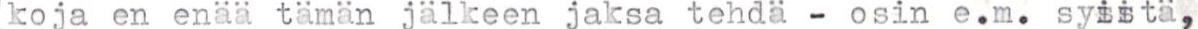
koja en enää tämän jälkeen jaksa tehdä - osin e.m. syistä,